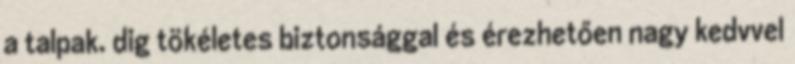
a talpak. dig tökéletes biztonsággal és érezhetően nagy kedvvel